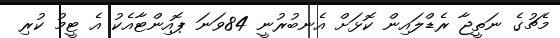
މެޗުގެ ނަތީޖާ ރެޑްލައިން ކޮޅަށް އެނބުރުނީ 84ވަނަ ޕޮއިންޓާއެކު އެ ޓީމު ކުރި